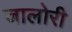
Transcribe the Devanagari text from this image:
जालोरी